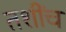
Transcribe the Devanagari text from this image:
तशींच